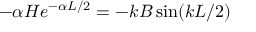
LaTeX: - \alpha H e ^ { - \alpha L / 2 } = - k B \sin ( k L / 2 )